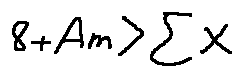
8 + A m > \sum X